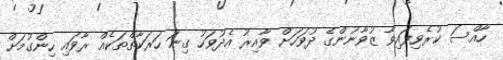
ހާއްސަ ކުރެވިފައިވާ ޒުވާނުންގެ ދުވަހަށް ވާއިރު އެދުވަހު ގިނަ ހަރަކާތްތަކެއް ރާވައި ހިންގުމަށް